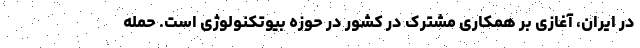
در ایران، آغازی بر همکاری مشترک در کشور در حوزه بیوتکنولوژی است. حمله